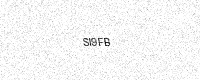
Text: SI9FB